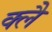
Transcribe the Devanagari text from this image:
क्लै